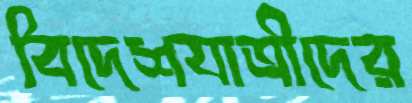
বিদেশযাত্রীদের